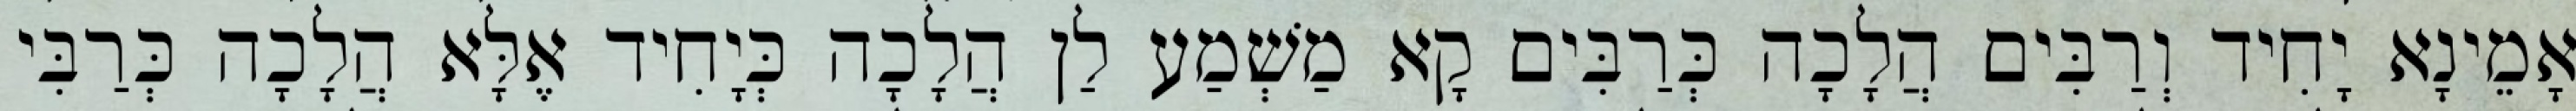
אָמֵינָא יָחִיד וְרַבִּים הֲלָכָה כְּרַבִּים קָא מַשְׁמַע לַן הֲלָכָה כְּיָחִיד אֶלָּא הֲלָכָה כְּרַבִּי